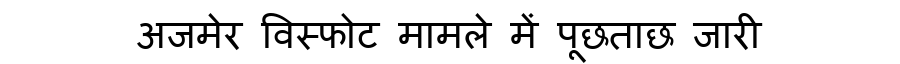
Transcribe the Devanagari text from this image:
अजमेर विस्फोट मामले में पूछताछ जारी